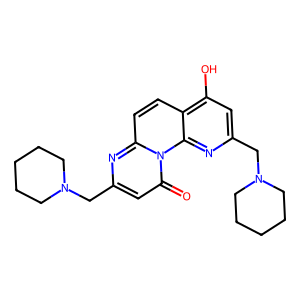
SMILES: O=c1cc(CN2CCCCC2)nc2ccc3c(O)cc(CN4CCCCC4)nc3n12
Inhibits HIV replication: No